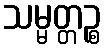
သမ္မတ္တဉ္စ